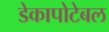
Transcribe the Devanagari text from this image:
डेकापोटेबल